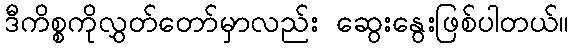
ဒီကိစ္စကိုလွှတ်တော်မှာလည်း ဆွေးနွေးဖြစ်ပါတယ်။